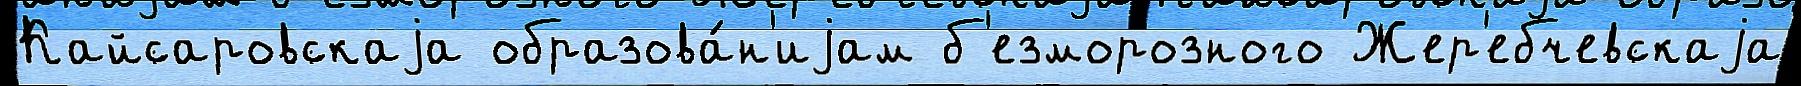
Кайсаровскаjа образова́н'иjам б'езморозного Жер'ебчевскаjа